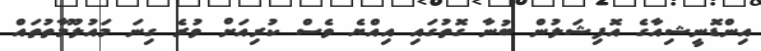
އިންޑޮނީޝިއާގެ އޮފިޝަލުން ބުނާ ގޮތުގައި އިއްޔެ ވެސް ކުރިއަށް ވުރެ ގިނަ މައުލޫމާތުތައް